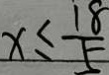
x \leq \frac { 1 8 } { 5 }